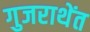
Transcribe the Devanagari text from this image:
गुजराथेंत